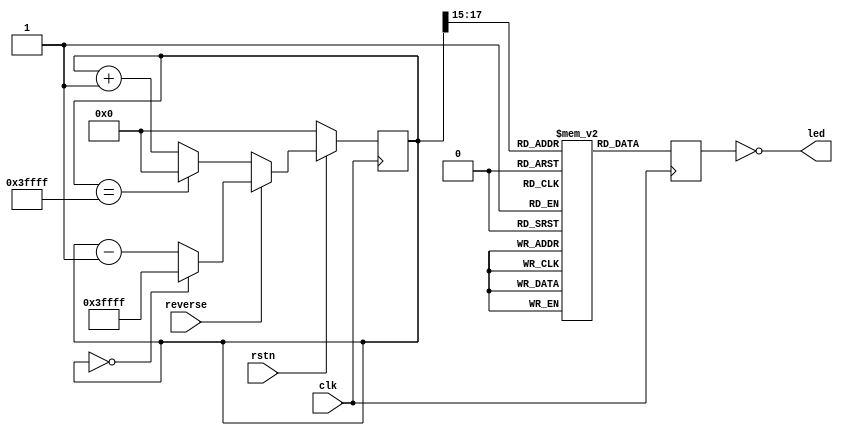
/////////////////////////////////////////////////////////////////////////////
//
// Copyright (C) 2013-2019 Efinix Inc. All rights reserved.
//
// internal_reconfiguration.v
//
// *******************************
// Revisions:
// 1.0 Initial rev
// *******************************
/////////////////////////////////////////////////////////////////////////////

module internal_reconfiguration (led, clk, rstn, reverse);
   parameter DELAY_SIZE = 15;
   parameter WIDTH = 4;
   
   /**
	* DWIDTH is the width of the LED outputs.
	* NUM_PATTERNS is 2xWIDTH.
	* AWIDTH is log2(NUM_PATTERNS).
	* MAX_COUNT is the value where the pattern counter should reset
	**/
   localparam DWIDTH = WIDTH;
   localparam AWIDTH = 4;
   localparam NUM_PATTERNS = 2 * WIDTH;
   localparam MAX_COUNT = NUM_PATTERNS * (2 ** DELAY_SIZE);
   localparam COUNTER_SIZE = AWIDTH + DELAY_SIZE;
         
   output [DWIDTH-1:0] led;
   input 			  clk, rstn, reverse;
		
   wire [AWIDTH-1:0] raddr;
   reg [DWIDTH-1:0]  rdata;

   reg [DWIDTH-1:0]  mem [NUM_PATTERNS-1:0];
   reg [COUNTER_SIZE-1:0] counter = 0;

   integer 			 i;
   reg [DWIDTH-1:0]  init_data;
   initial begin
	  //$monitor("led=%b, raddr=%d, counter=%d", led, raddr, counter);
	  
	  // Initialize the memory with the LED pattern
	  init_data = 0;
      for (i=0;i<NUM_PATTERNS;i=i+1) begin
		 mem[i] = init_data;
		 init_data = {init_data[DWIDTH-2:0], ~init_data[DWIDTH-1]};
	  end
   end 

   // LED ROM
   always @(posedge clk) begin
	  rdata <= mem[raddr];
   end

   // Use the high-order counter bits as the ROM address
   assign raddr = counter[COUNTER_SIZE-1:DELAY_SIZE];

   // Delay counter
   always @(posedge clk) begin
	  if(~rstn)
		counter <= 0;
	  else if(reverse)
		if (counter == 0) counter <= MAX_COUNT-1;
		else counter <= counter - 1;
	  else
		if (counter == MAX_COUNT-1) counter <= 0;
		else counter <= counter + 1;
   end

   // Assign LED values, invert since low enables LED
   assign led = ~rdata;

endmodule // internal_reconfiguration